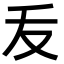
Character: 叐